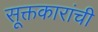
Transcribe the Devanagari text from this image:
सूक्तकारांची